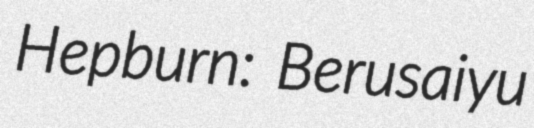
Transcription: Hepburn: Berusaiyu